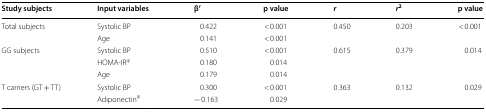
| Study subjects | Input variables | β′ | p value | r | r2 | p value |
 | --- | --- | --- | --- | --- | --- | --- |
 | <ROWSPAN=2> Total subjects | Systolic BP | 0.422 | < 0.001 | 0.450 | 0.203 | < 0.001 |
 | Age | 0.141 | < 0.001 |  |  |  |
 | <ROWSPAN=3> GG subjects | Systolic BP | 0.510 | < 0.001 | 0.615 | 0.379 | 0.014 |
 | HOMA-IRφ | 0.180 | 0.014 |  |  |  |
 | Age | 0.179 | 0.014 |  |  |  |
 | <ROWSPAN=2> T carriers (GT + TT) | Systolic BP | 0.300 | < 0.001 | 0.363 | 0.132 | 0.029 |
 | Adiponectinφ | − 0.163 | 0.029 |  |  |  |